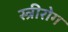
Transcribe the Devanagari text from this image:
स्‍त्रीरोग